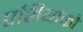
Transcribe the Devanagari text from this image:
एशियाको